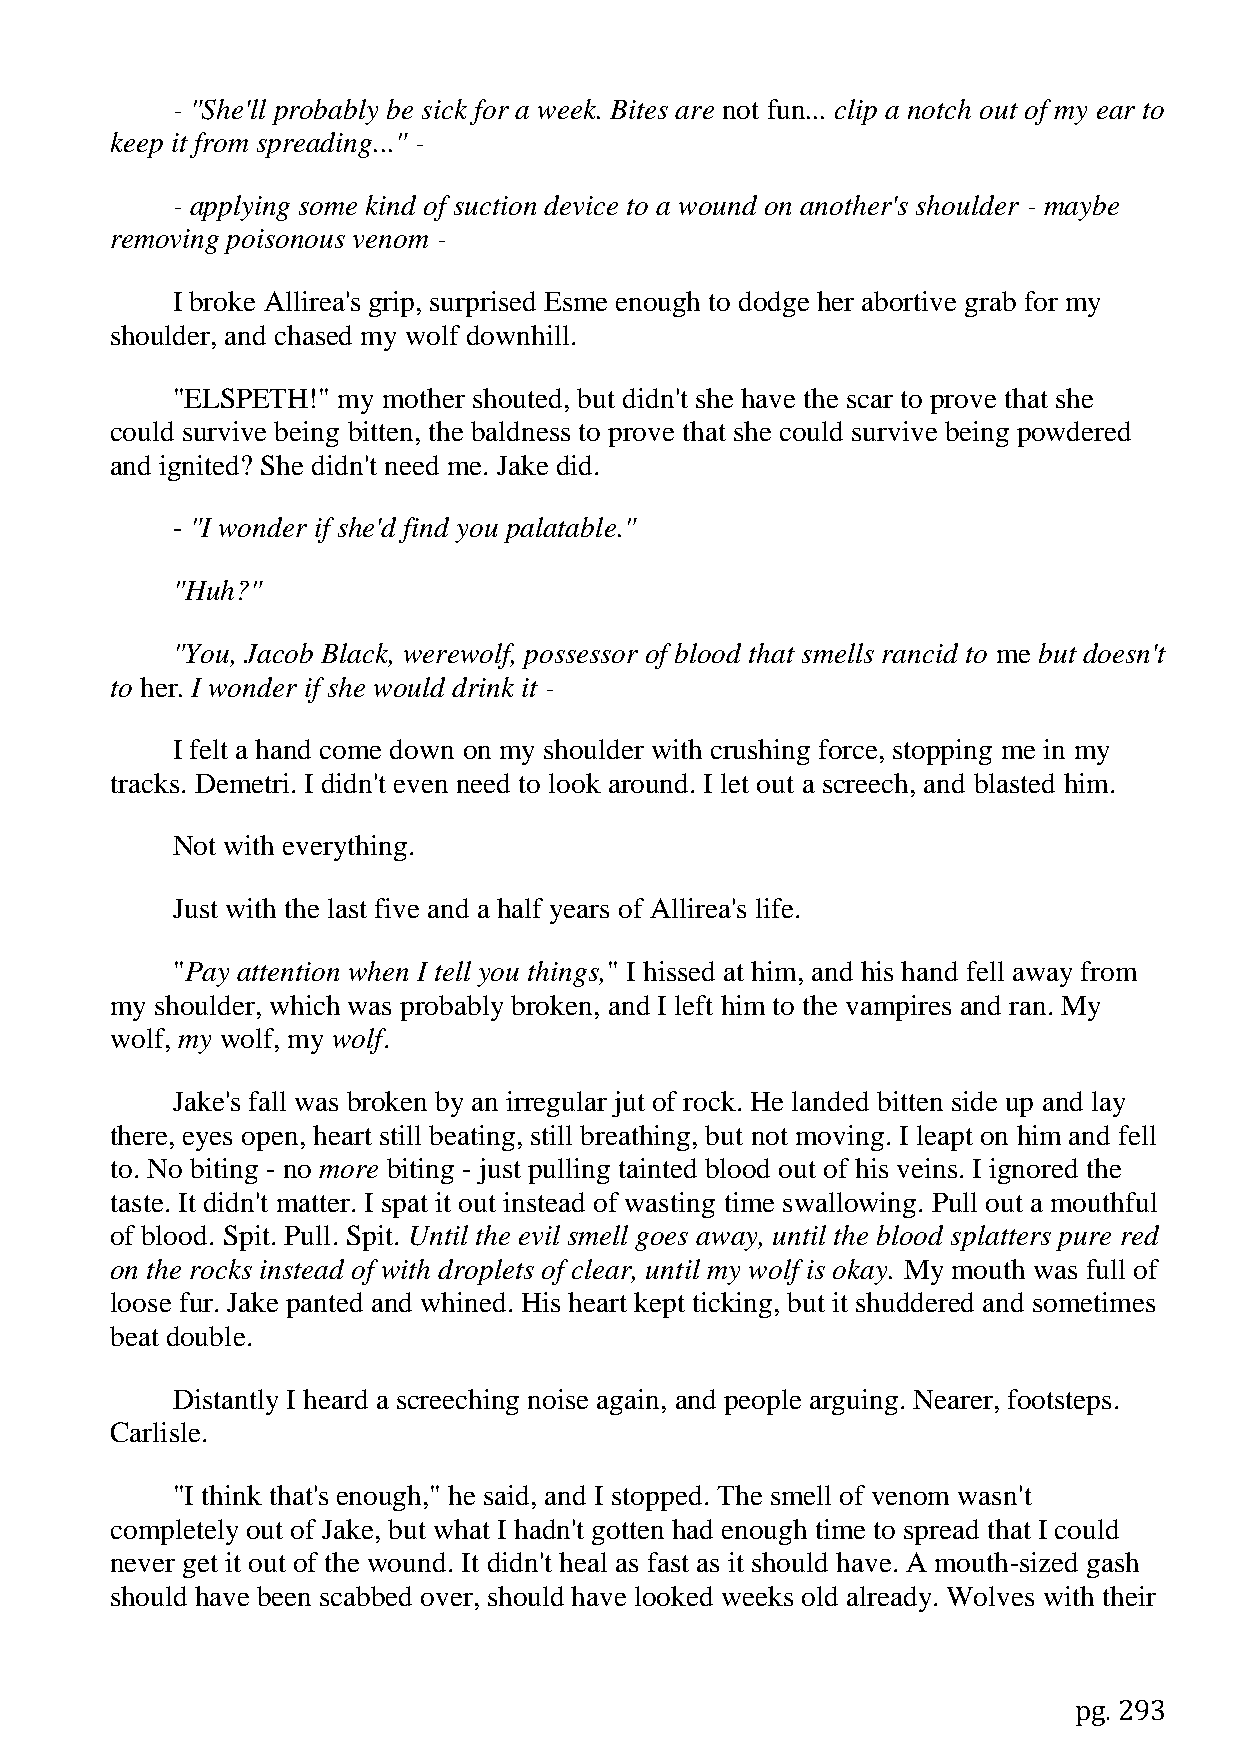
- "She'll probably be sick for a week. Bites are not fun... clip a notch out of my ear to
 keep it from spreading..." -
 - applying some kind of suction device to a wound on another's shoulder - maybe
 removing poisonous venom -
 I broke Allirea's grip, surprised Esme enough to dodge her abortive grab for my
 shoulder, and chased my wolf downhill.
 "ELSPETH!" my mother shouted, but didn't she have the scar to prove that she
 could survive being bitten, the baldness to prove that she could survive being powdered
 and ignited? She didn't need me. Jake did.
 - "I wonder if she'd find you palatable."
 "Huh?"
 "You, Jacob Black, werewolf, possessor of blood that smells rancid to me but doesn't
 to her. I wonder if she would drink it -
 I felt a hand come down on my shoulder with crushing force, stopping me in my
 tracks. Demetri. I didn't even need to look around. I let out a screech, and blasted him.
 Not with everything.
 Just with the last five and a half years of Allirea's life.
 "Pay attention when I tell you things," I hissed at him, and his hand fell away from
 my shoulder, which was probably broken, and I left him to the vampires and ran. My
 wolf, my wolf, my wolf.
 Jake's fall was broken by an irregular jut of rock. He landed bitten side up and lay
 there, eyes open, heart still beating, still breathing, but not moving. I leapt on him and fell
 to. No biting - no more biting - just pulling tainted blood out of his veins. I ignored the
 taste. It didn't matter. I spat it out instead of wasting time swallowing. Pull out a mouthful
 of blood. Spit. Pull. Spit. Until the evil smell goes away, until the blood splatters pure red
 on the rocks instead of with droplets of clear, until my wolf is okay. My mouth was full of
 loose fur. Jake panted and whined. His heart kept ticking, but it shuddered and sometimes
 beat double.
 Distantly I heard a screeching noise again, and people arguing. Nearer, footsteps.
 Carlisle.
 "I think that's enough," he said, and I stopped. The smell of venom wasn't
 completely out of Jake, but what I hadn't gotten had enough time to spread that I could
 never get it out of the wound. It didn't heal as fast as it should have. A mouth-sized gash
 should have been scabbed over, should have looked weeks old already. Wolves with their
 pg. 293